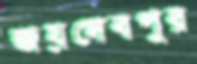
জয়দেবপুর